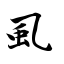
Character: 虱